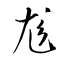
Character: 尨